Eesti_Vabariigi_Tartu_Ulikool, lk 26
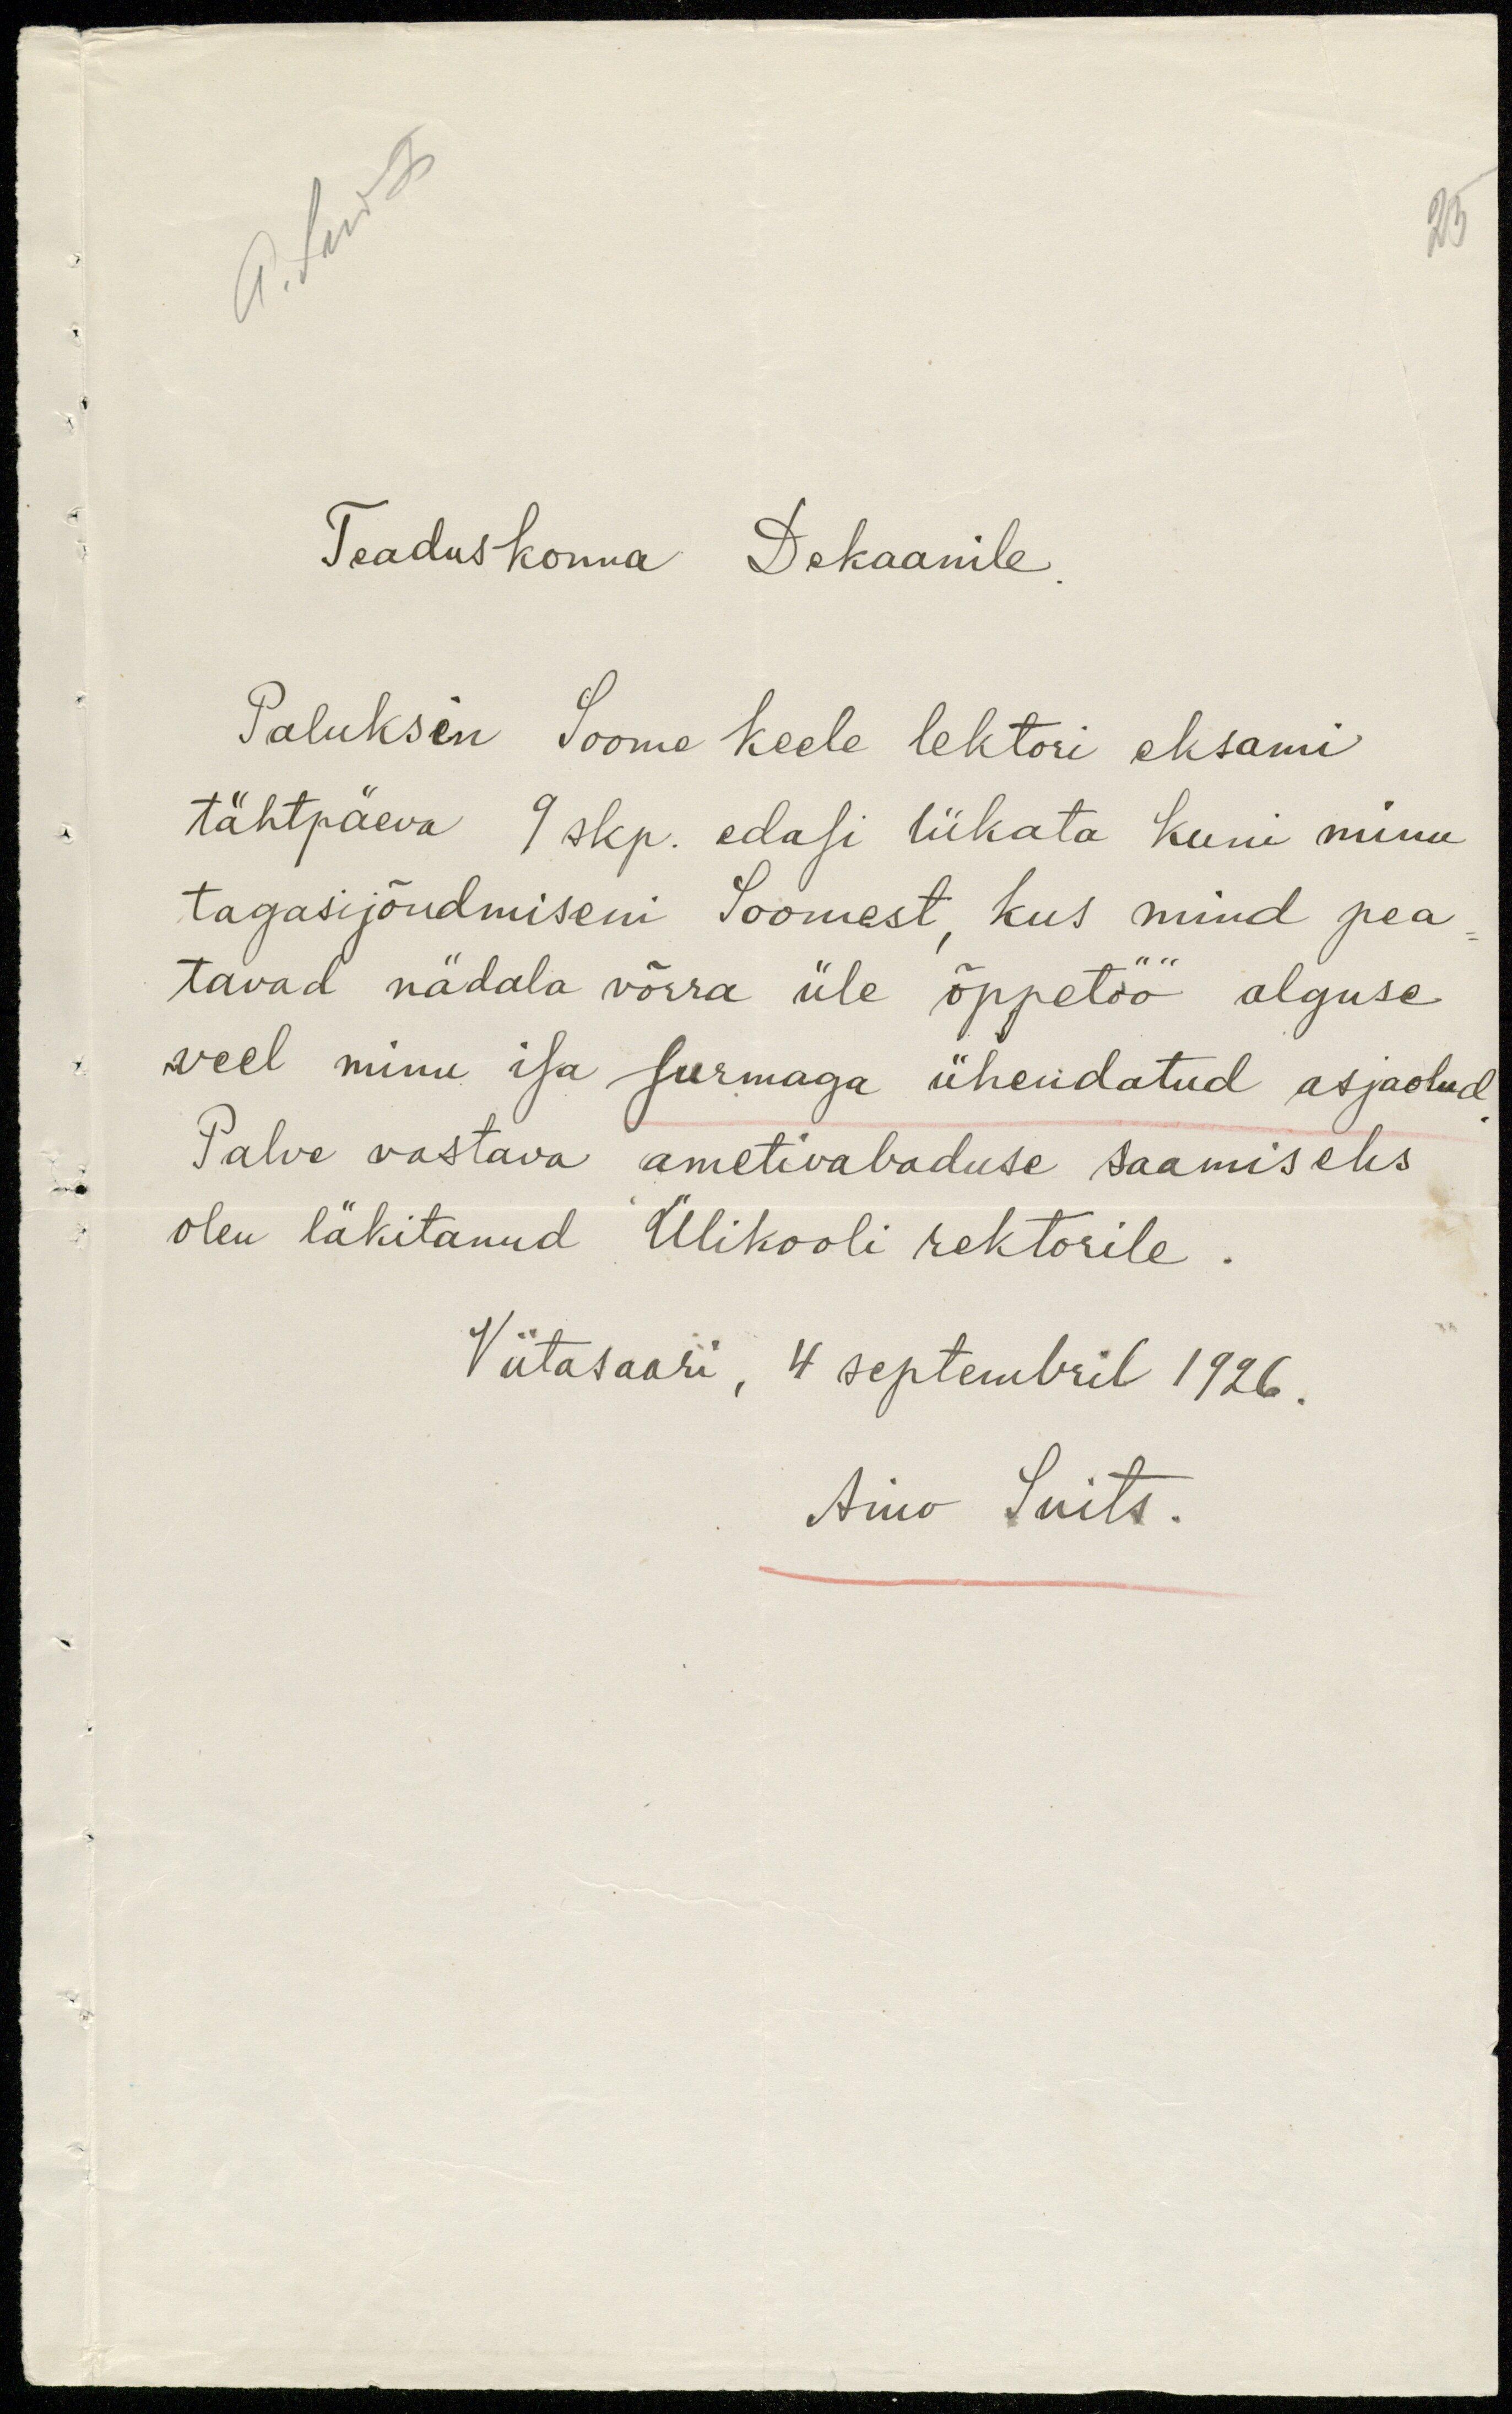
25
Teaduskonna Dekaanile
Paluksin Soome keele lektori eksami
tähtpäeva 9 skp. edasi lükata kuni minu
tagasijõudmiseni Soomest, kus mind pea
tavad nädala võrra üle õppetöö alguse
veel minu isa surmaga ühendatud asjaolud
Palve vastava ametivabaduse saamiseks
olen läkitanud Ülikooli rektorile.
Viitasaari, 4 septembril 1926.
Aino Suits.